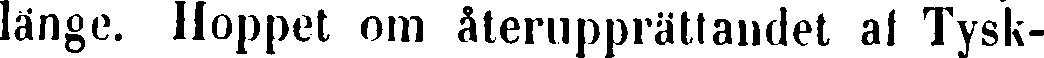
länge. Hoppet om återupprättandet af Tysk-